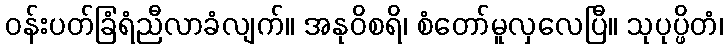
ဝန်းပတ်ခြံရံညီလာခံလျက်။ အနုဝိစရိ၊ စံတော်မူလှလေပြီ။ သုပုပ္ဖိတံ၊